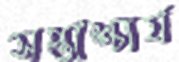
সপ্তাশ্চার্য